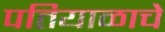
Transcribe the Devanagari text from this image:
पतियाळाचे